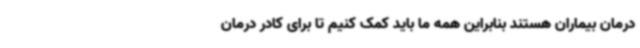
درمان بیماران هستند بنابراین همه ما باید کمک کنیم تا برای کادر درمان